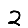
Digit: 2